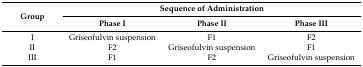
| <ROWSPAN=2> Group | <COLSPAN=3> Sequence of Administration |
 | Phase I | Phase II | Phase III |
 | --- | --- | --- | --- |
 | I | Griseofulvin suspension | F1 | F2 |
 | II | F2 | Griseofulvin suspension | F1 |
 | III | F1 | F2 | Griseofulvin suspension |